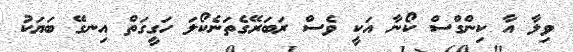
ވިލާ އާ ކިންގްސް ކޯނާ އަކީ ވެސް ރަބަރޭގެތަނެކޯލަ ހަގީގަތް އިނގޭ ބަޔަކު